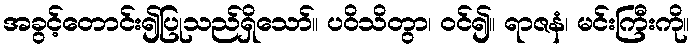
အခွင့်တောင်း၍ပြုသည်ရှိသော်။ ပဝိသိတွာ၊ ဝင်၍။ ရာဇနံ၊ မင်းကြီးကို။